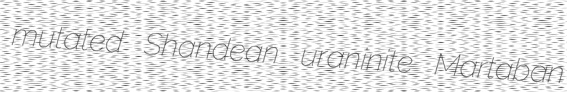
mutated Shandean uraninite Martaban